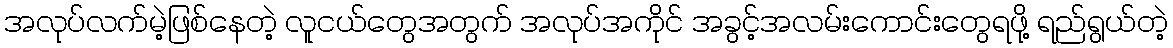
အလုပ်လက်မဲ့ဖြစ်နေတဲ့ လူငယ်တွေအတွက် အလုပ်အကိုင် အခွင့်အလမ်းကောင်းတွေရဖို့ ရည်ရွယ်တဲ့